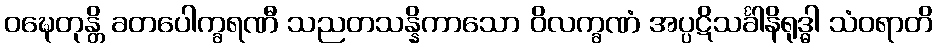
ဝဍ္ဎေတုန္တိ ခတပေါက္ခရဏီ သညတသန္နိကာသော ဝိလက္ခဏံ အပ္ပဋိသင်္ခါနိရုဒ္ဓါ သံဝရာတိ